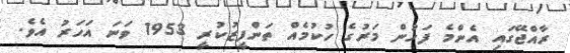
ރާއްޖޭގައި އެންމެ ފަހުން މަރުގެ ހުކުމެއް ތަންފީޒުކުރީ 1953 ވަނަ އަހަރު އެވެ.